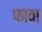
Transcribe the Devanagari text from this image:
फावा